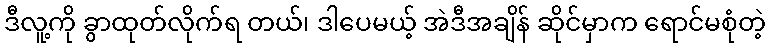
ဒီလူ့ကို ခွာထုတ်လိုက်ရ တယ်၊ ဒါပေမယ့် အဲဒီအချိန် ဆိုင်မှာက ရောင်မစုံတဲ့